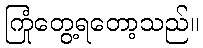
ကြုံတွေ့ရတော့သည်။